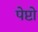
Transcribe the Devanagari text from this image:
पेप्टो